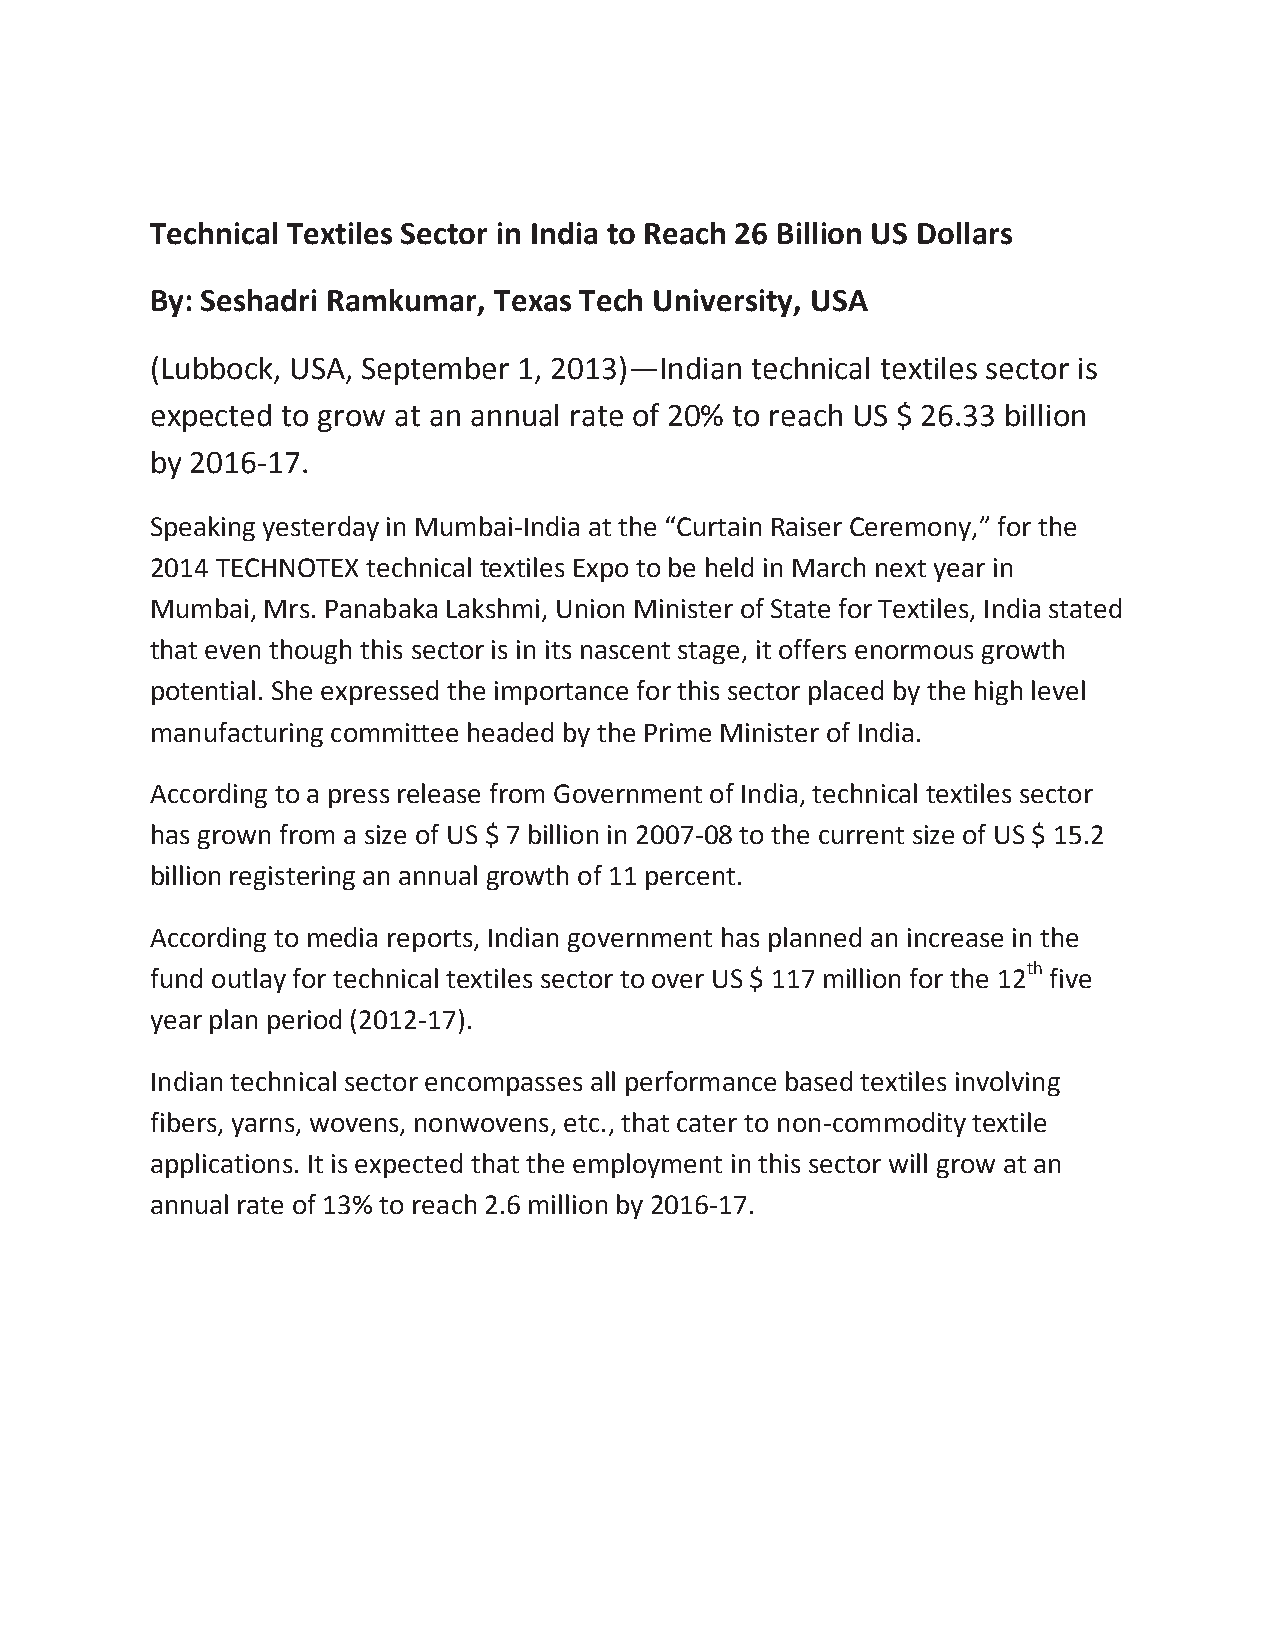
Technical Textiles Sector in India to Reach 26 Billion US Dollars
 By: Seshadri Ramkumar, Texas Tech University, USA
 (Lubbock, USA, September 1, 2013)—Indian technical textiles sector is
 expected to grow at an annual rate of 20% to reach US $ 26.33 billion
 by 2016-17.
 Speaking yesterday in Mumbai-India at the “Curtain Raiser Ceremony,” for the
 2014 TECHNOTEX technical textiles Expo to be held in March next year in
 Mumbai, Mrs. Panabaka Lakshmi, Union Minister of State for Textiles, India stated
 that even though this sector is in its nascent stage, it offers enormous growth
 potential. She expressed the importance for this sector placed by the high level
 manufacturing committee headed by the Prime Minister of India.
 According to a press release from Government of India, technical textiles sector
 has grown from a size of US $ 7 billion in 2007-08 to the current size of US $ 15.2
 billion registering an annual growth of 11 percent.
 According to media reports, Indian government has planned an increase in the
 fund outlay for technical textiles sector to over US $ 117 million for the 12th five
 year plan period (2012-17).
 Indian technical sector encompasses all performance based textiles involving
 fibers, yarns, wovens, nonwovens, etc., that cater to non-commodity textile
 applications. It is expected that the employment in this sector will grow at an
 annual rate of 13% to reach 2.6 million by 2016-17.